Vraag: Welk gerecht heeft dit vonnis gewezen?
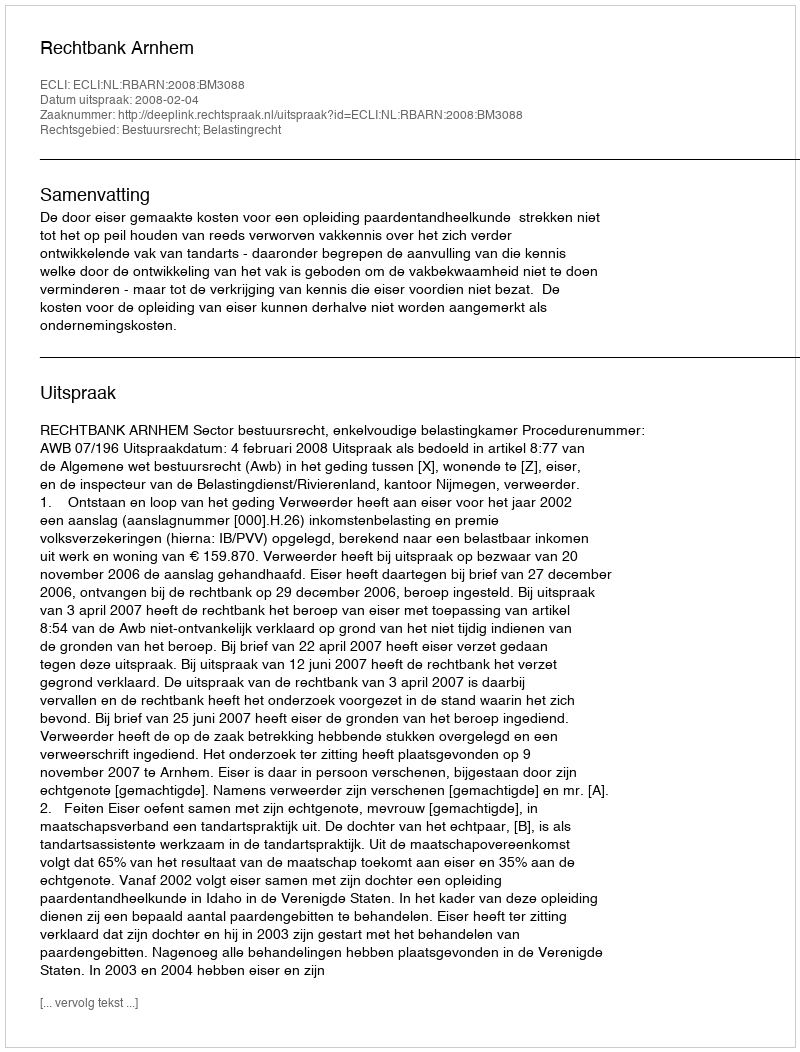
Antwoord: Rechtbank Arnhem